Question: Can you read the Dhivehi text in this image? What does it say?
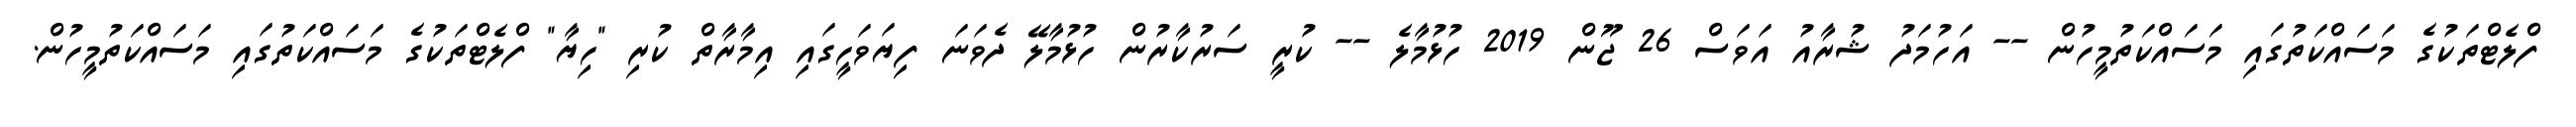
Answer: ފްލެޓްތަކުގެ މަސައްކަތުގައި މަސައްކަތުމީހުން -- އަހުމަދު ޝުރާއު އަވަސް 26 ޖޫން 2019 ހުޅުމާލެ -- ކުރީ ސަރުކާރުން ހުޅުމާލޭ ދެވަނަ ފިޔަވަހީގައި އިމާރާތް ކުރި "ހިޔާ" ފްލެޓްތަކުގެ މަސައްކަތުގައި މަސައްކަތުމީހުން.